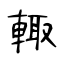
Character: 輙